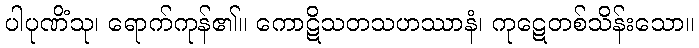
ပါပုဏိံသု၊ ရောက်ကုန်၏။ ကောဋိသတသဟဿာနံ၊ ကုဋေတစ်သိန်းသော။